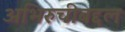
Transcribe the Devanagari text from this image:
अभिरुचीबद्दल